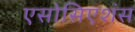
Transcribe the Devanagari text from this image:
एसोसिएशंस